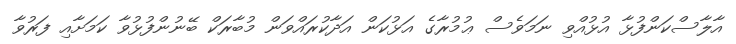
އާލާސްކަންފުޅާ އުޅުއްވި ނަމަވެސް ޢުމުރާގެ އަޅުކަން އަދާކުރައްވަން މުބާރަކް ބޭނުންފުޅުވާ ކަމަށާއި ފަރުވާ